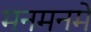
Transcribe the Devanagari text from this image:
मनमनमे